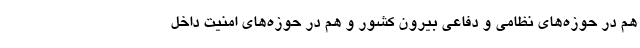
هم در حوزه‌های نظامی و دفاعی بیرون کشور و هم در حوزه‌های امنیت داخل